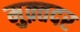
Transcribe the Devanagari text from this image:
मुक़्तदर